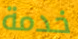
خدمة